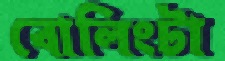
বোলিংটা